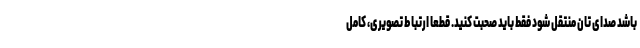
باشد صدای تان منتقل شود فقط باید صحبت کنید. قطعا ارتباط تصویری، کامل